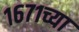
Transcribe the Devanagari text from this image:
१६७१च्या